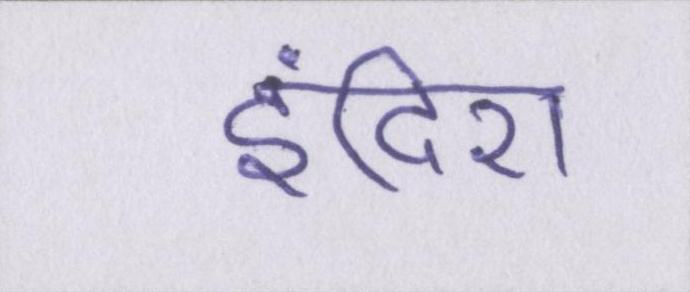
इंदिरा